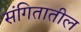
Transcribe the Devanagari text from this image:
संगितातील